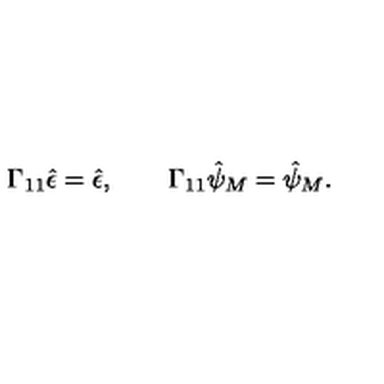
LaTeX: \Gamma _ { 1 1 } \hat { \epsilon } = \hat { \epsilon } , \qquad \Gamma _ { 1 1 } \hat { \psi } _ { M } = \hat { \psi } _ { M } .